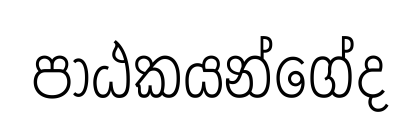
පාඨකයන්ගේද